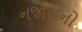
નજારાનો